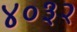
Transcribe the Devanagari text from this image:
४०३२